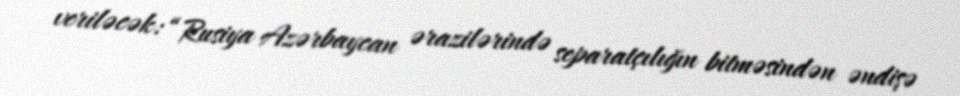
veriləcək: “Rusiya Azərbaycan ərazilərində separatçılığın bitməsindən əndişə